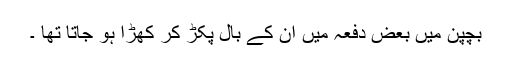
بچپن میں بعض دفعہ میں ان کے بال پکڑ کر کھڑا ہو جاتا تھا ۔